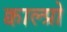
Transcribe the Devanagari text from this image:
क्वाल्प्रो